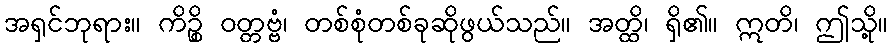
အရှင်ဘုရား။ ကိဉ္စိ ဝတ္တဗ္ဗံ၊ တစ်စုံတစ်ခုဆိုဖွယ်သည်။ အတ္ထိ၊ ရှိ၏။ ဣတိ၊ ဤသို့။